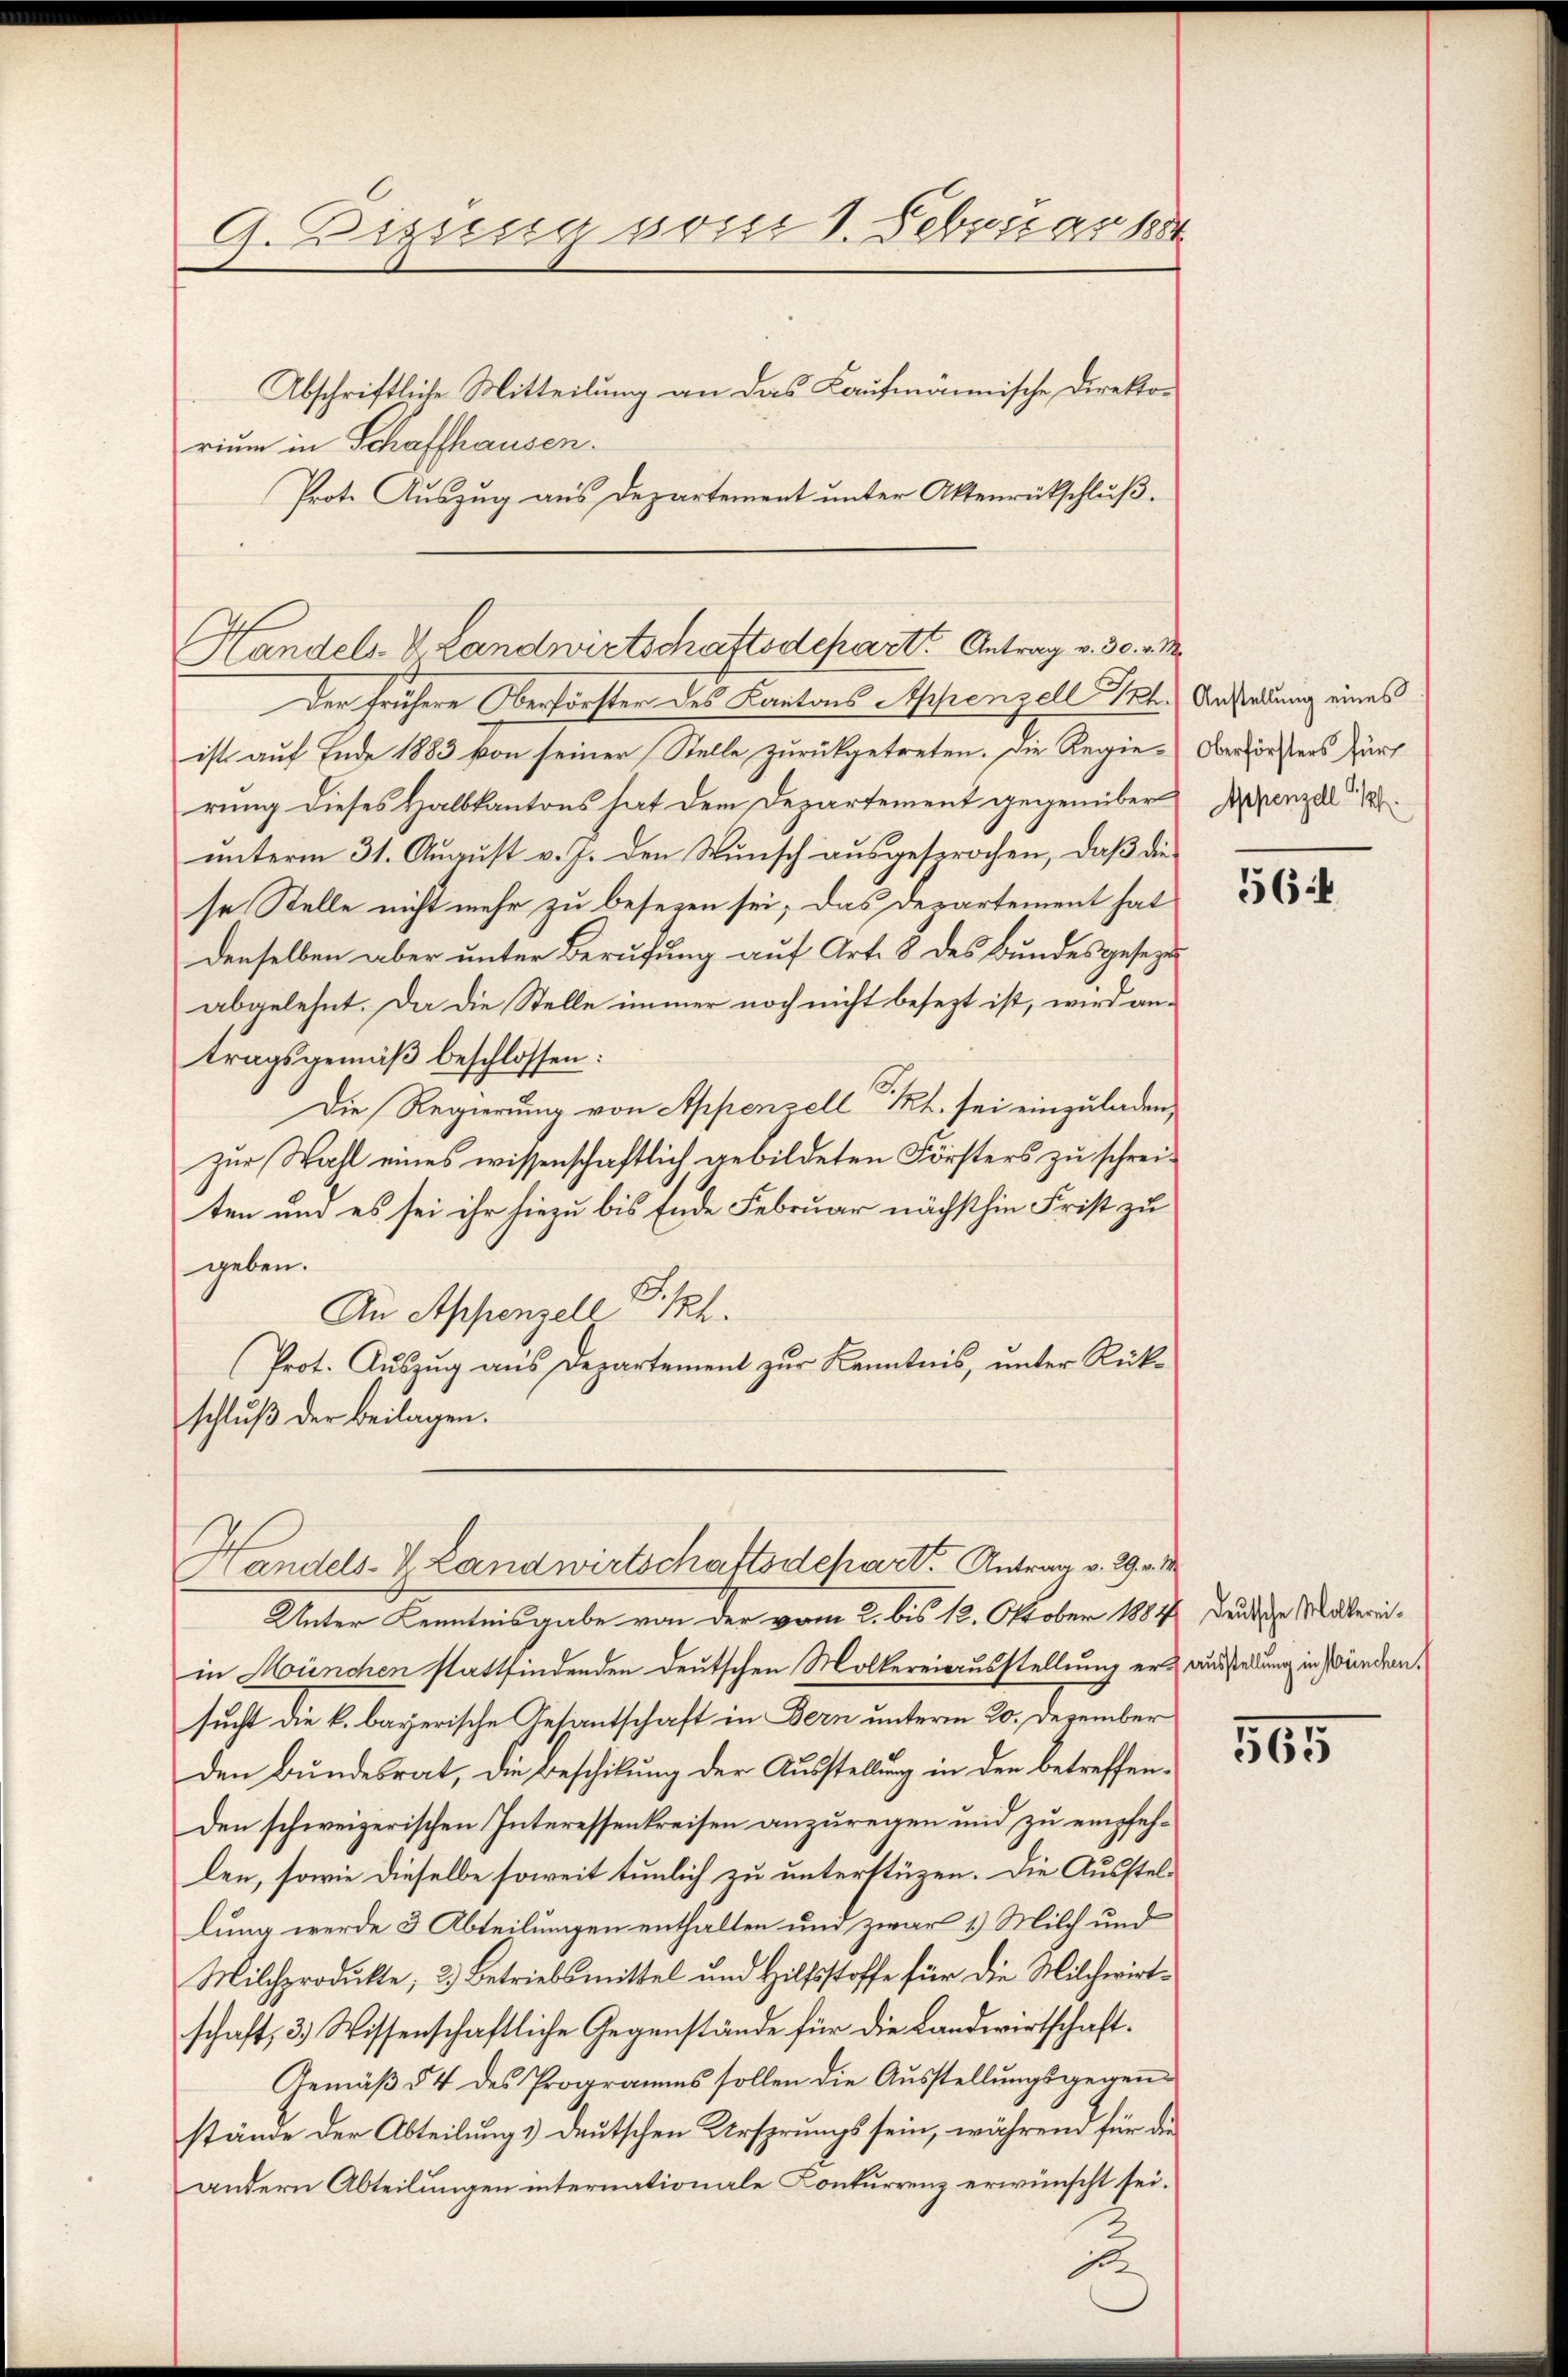
G.Dizung soser 1. Februar 1884
Abschriftliche Mitteilung an das Kaufmännische Direkorium in Schaffhausen.

Prot. Auszug aus Departement unter Aktenrütschluß.
Der frühere Oberförster des Kantons Appenzell Ph. Anstadung eines
ist auf Ende 1883 von seiner Stelle zurückgetreten. Die Regie-Oberförsters Zür
rung dieses Halbkantons hat dem Departement gegenüber Appenzel
unterm 31. August v. J. den Wunsch ausgesprochen, daß die
se Stelle nicht mehr zu besezen sei; das Departement hat
denselben aber unter Berufung auf Art. 8 des Bundesgesezes
abgelehnt. Da die Stelle immer noch nicht besezt ist, wird antragsgemäß beschlossen:
Die Regierung von Appenzell Kt. sei einzuladen,
zur Wahl eines wissenschaftlich gebildeten Försters zu schreiten und es sei ihr hiezu bis Ende Februar nächsthin Frist zu
geben.
An Appenzell P. Ph.
Prot. Auszug aus Departement zur Kenntnis, unter Rück-
schluß der Beilagen.
Handels-V. Landwirtschaftsdchart. Antrag v. 29.
Unter Kenntnisgabe von der vom 2. bis 12. Oktober 1884 deute Muttereiin München stattfindenden Deutschen Molkereiausstellung erz ausstellung in Wundern,
sucht die k. bayerische Gesantschaft in Bern unterm 20. Dezember
den Bundesrat, die Beschikung der Ausstellung in den betreffenden schweizerischen Interessenkreisen anzuregen und zu empfehlen, sowie dieselbe soweit tunlich zu unterstüzen. Die Ausstellung werde 3 Abteilungen enthalten und zwar 1.) Milch und
Milchprodukte; 2.) Betriebsmittel und Hilfsstoffe für die Milchwirtschaft, 3. Wissenschaftliche Gegenstände für die Landwirtschaft.
Gemäβ § 4 des Programms sollen die Aŭsstellŭngsgewen-
stände der Abteilungs deutschen Ursprungs sein, während für die
andern Abteilungen internationale Conkurrenz erwünscht sei.

Handels- & Landwirtschaftsdepart Antrag v. 30. v. M.

2

56:

565